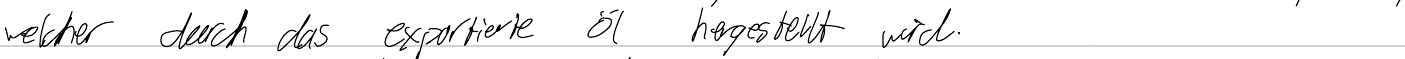
welcher durch das exportierte Öl hergestellt wird.